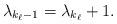
LaTeX: \begin{align*} \lambda_{k_\ell-1}=\lambda_{k_\ell}+1.\end{align*}